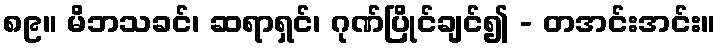
၈၉။ မိဘသခင်၊ ဆရာရှင်၊ ဂုဏ်ပြိုင်ချင်၍ - တအင်းအင်း။